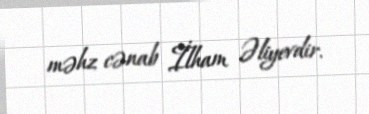
məhz cənab İlham Əliyevdir.